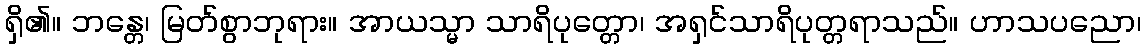
ရှိ၏။ ဘန္တေ၊ မြတ်စွာဘုရား။ အာယသ္မာ သာရိပုတ္တော၊ အရှင်သာရိပုတ္တရာသည်။ ဟာသပညော၊